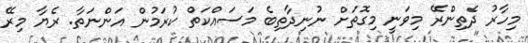
މިހާރު ދެތިންރޭ މިވަނީ މިގޮތަށް ނުނިދާތިބެ މަސައްކަތް ކުރަމުން އަންނަތާ. ރެޔާ މިރޭ